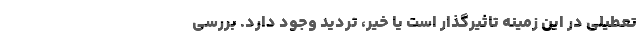
تعطیلی در این زمینه تاثیرگذار است یا خیر، تردید وجود دارد. بررسی